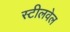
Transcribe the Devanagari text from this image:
स्टीलवेल